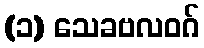
(၁) သေခဗလဝဂ်